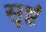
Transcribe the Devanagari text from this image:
सृष्टं